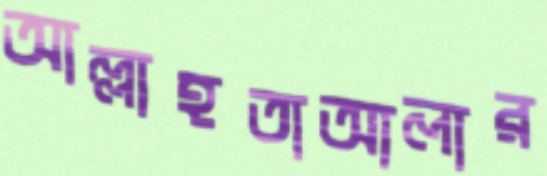
আল্লাহতাআলার